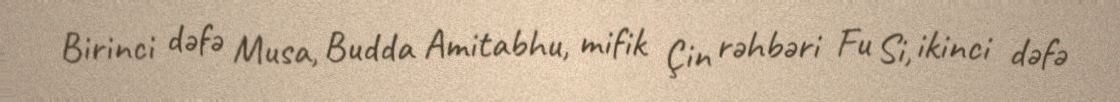
Birinci dəfə Musa, Budda Amitabhu, mifik Çin rəhbəri Fu Si, ikinci dəfə